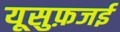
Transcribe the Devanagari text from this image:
यूसुफ़जई